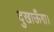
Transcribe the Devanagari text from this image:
दुखाऊँगा।